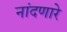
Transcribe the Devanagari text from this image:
नांदणारे